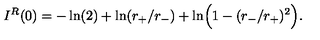
I ^ { R } ( 0 ) = - \ln ( 2 ) + \ln ( r _ { + } / r _ { - } ) + \ln \Bigr ( 1 - ( r _ { - } / r _ { + } ) ^ { 2 } \Bigr ) .